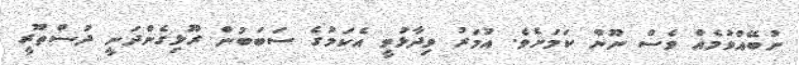
ނުބޭއްވުމެއް ވެސް ނޫން ކަމަށެވެ. އުމަރު ވިދާޅުވީ އެކަމުގެ ސަބަބުން ރޫޅިގެންދަނީ ދުސްތޫރީ